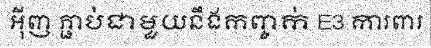
អ៊ីញ ភ្ជាប់ជាមួយនឹងកញ្ចក់ E3 ការពារ